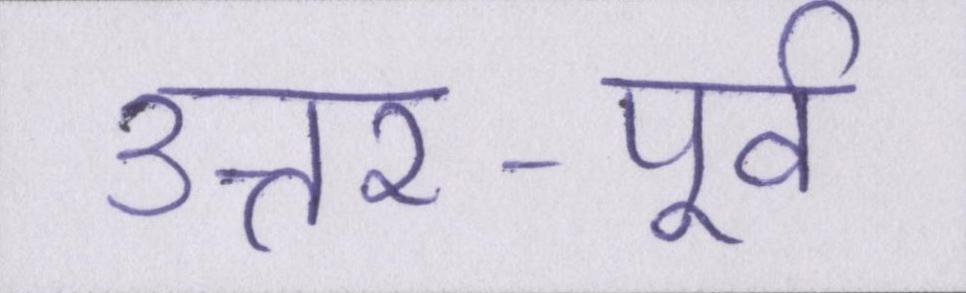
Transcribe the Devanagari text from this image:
उत्तर-पूर्व